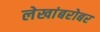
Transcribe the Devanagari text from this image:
लेखांबरोबर